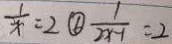
\frac { 1 } { x } = 2 \textcircled { 6 } \frac { 1 } { 2 x - 1 } = 2